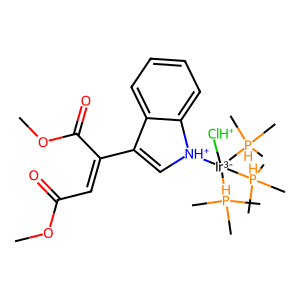
SMILES: COC(=O)C=C(C(=O)OC)C1=C[NH+]([Ir-3]([ClH+])([PH](C)(C)C)([PH](C)(C)C)[PH](C)(C)C)c2ccccc21
Inhibits HIV replication: No